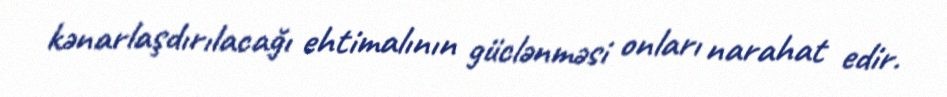
kənarlaşdırılacağı ehtimalının güclənməsi onları narahat edir.